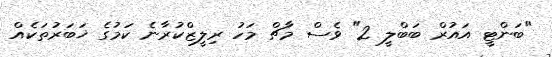
"ބަންޓީ އައުރް ބަބްލީ 2" ވެސް މާޗް މަހު ރިލީޒްކުރާނެ ކަމުގެ ޚަބަރުތަކެއް